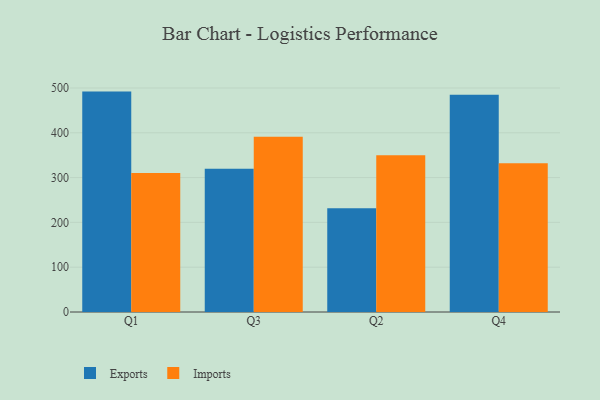
{"axis": {"x": "Quarter", "y": "Budget (USD K)"}, "legend": ["Exports", "Imports"], "data": [{"x": "Q1", "y": 491.9, "type": "Exports"}, {"x": "Q1", "y": 310.3, "type": "Imports"}, {"x": "Q3", "y": 319.6, "type": "Exports"}, {"x": "Q3", "y": 391.4, "type": "Imports"}, {"x": "Q2", "y": 231.6, "type": "Exports"}, {"x": "Q2", "y": 349.7, "type": "Imports"}, {"x": "Q4", "y": 484.7, "type": "Exports"}, {"x": "Q4", "y": 332.2, "type": "Imports"}]}